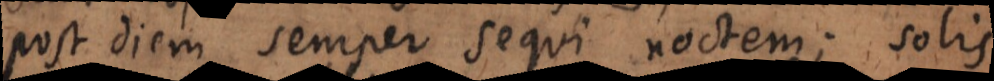
post diem semper sequi noctem; solis